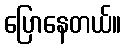
ပြောနေတယ်။